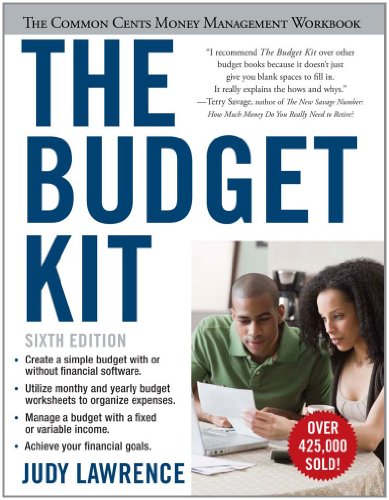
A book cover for The Budget Kit: The Common Cents Money Management Workbook; Judy Lawrence; Business & Money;